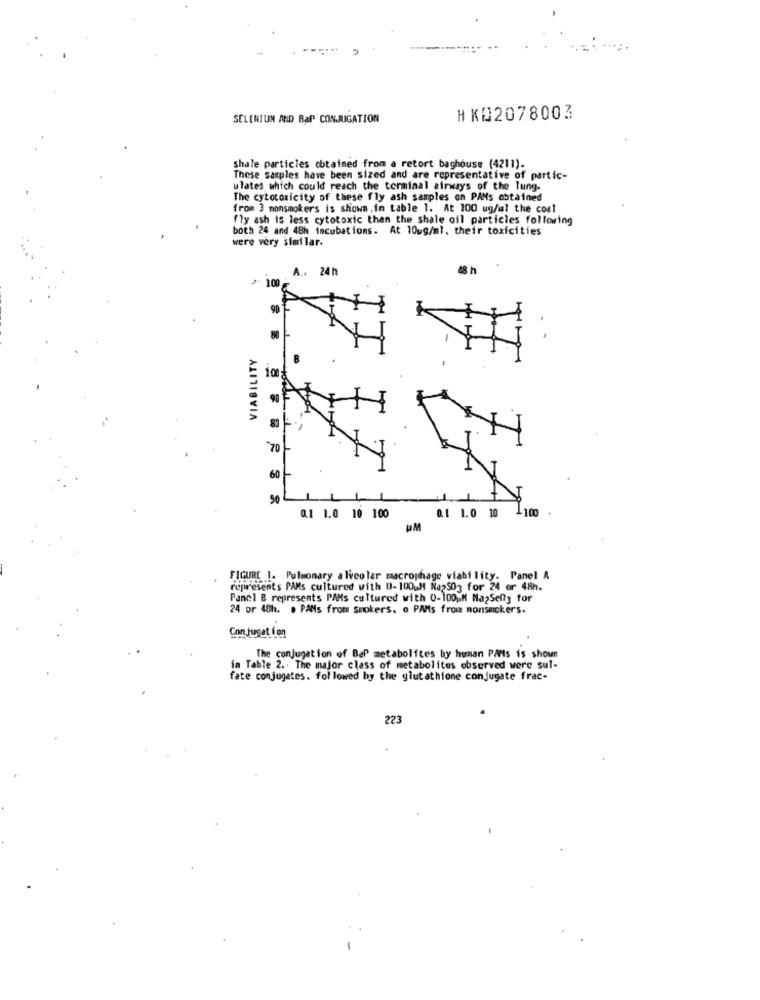
SELENIUM AND BaP CONJUGATION
HK02078003
shale particles obtained from a retort baghouse (4211).
These samples have been sized and are representative of partic-
ulates which could reach the terminal airways of the lung.
The cytotoxicity of these fly ash samples on PAMs obtained
from 3 monsmokers is shown. in table 1. At 100 ug/ml the coal
fly ash is less cytotoxic than the shale oil particles following
both 24 and 48h incubations. At 10ug/ml. their toxicities
were very similar.
A .. 24 h
48 h
100
VIABILITY
70
60
50
0.1 1.0 1
100
0.1 1.0 10 100
PM
FIGURE 1. Pulmonary alveolar macrophage viability. Panel A
represents PAMs cultured with 0-100 M Na2503 for 24 or 48h.
Panel B represents PAMs cultured with 0-100 M Na2Seniz for
24 or 48h. . PAMs from smokers, o PAMs froiz nonsmokers.
Conjugat fon
The conjugation of BaP metabolites by human PAMs is shown
in Table 2 .. The major class of metabolites observed were sul-
fate conjugates. followed by the glutathione conjugate frac-
223